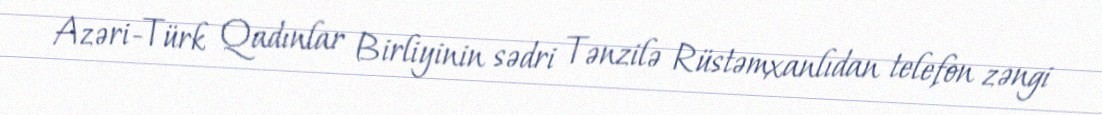
Azəri-Türk Qadınlar Birliyinin sədri Tənzilə Rüstəmxanlıdan telefon zəngi